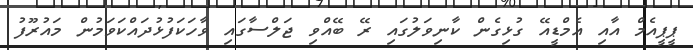
ޕީޕީއެމް އާއި އެމްޑީއޭ ގުޅިގެން ކާނިވަލުގައި ރޭ ބޭއްވި ޖަލްސާގައި ވާހަކަފުޅުދައްކަވަމުން މައުރޫފު